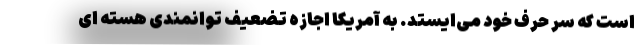
است که سر حرف خود می‌ایستد. به آمریکا اجازه تضعیف توانمندی هسته ای